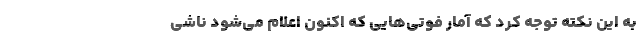
به این نکته توجه کرد که آمار فوتی‌هایی که اکنون اعلام می‌شود ناشی